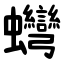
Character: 䘎